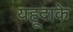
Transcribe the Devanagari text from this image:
यहूदाके